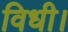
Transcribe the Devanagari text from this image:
विधी।